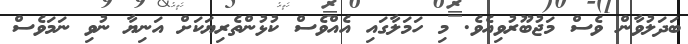
ބަދަލުވާން ވެސް މަޖުބޫރުވިއެވެ. މި ހަމަލާގައި އެއްވެސް ކުޅުންތެރިޔަކަށް އަނިޔާ ނުވި ނަމަވެސް